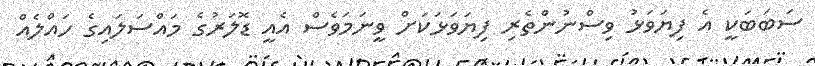
ސަބަބަކީ އެ ފިޔަވަޅު ވިސްނުންތެރި ފިޔަވަޅަކަށް ވީނަމަވެސް އެއީ ޑޮލަރުގެ މައްސަލައިގެ ހައްލެއް